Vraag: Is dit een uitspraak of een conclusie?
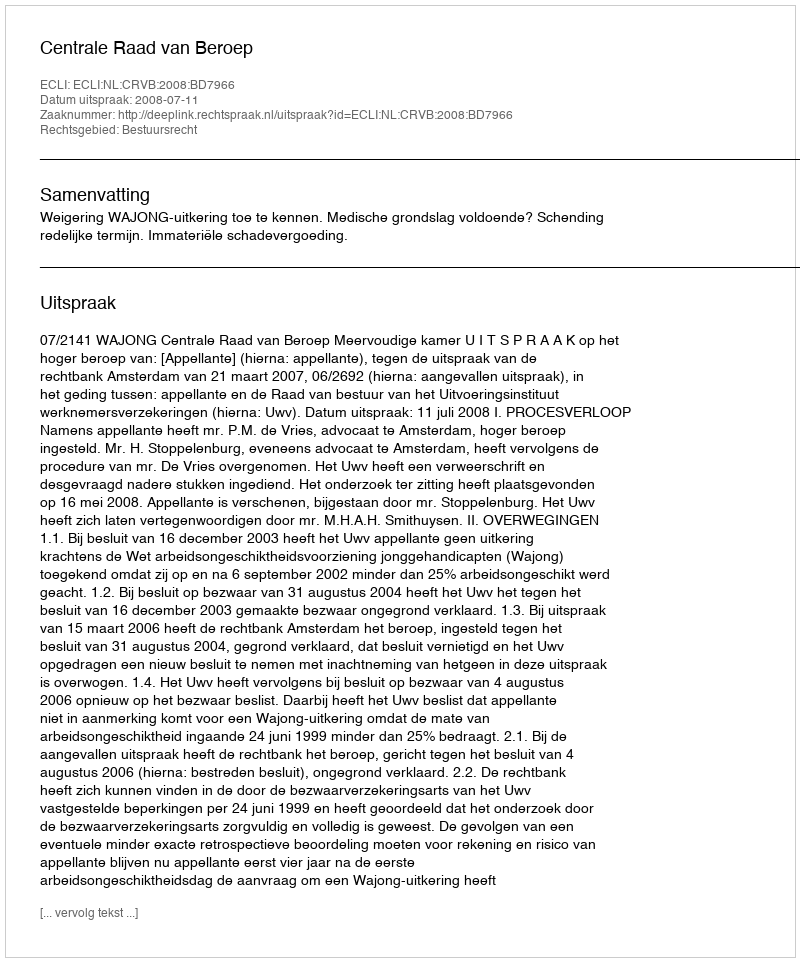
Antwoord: Uitspraak